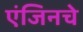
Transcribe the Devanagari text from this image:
एंजिनचे